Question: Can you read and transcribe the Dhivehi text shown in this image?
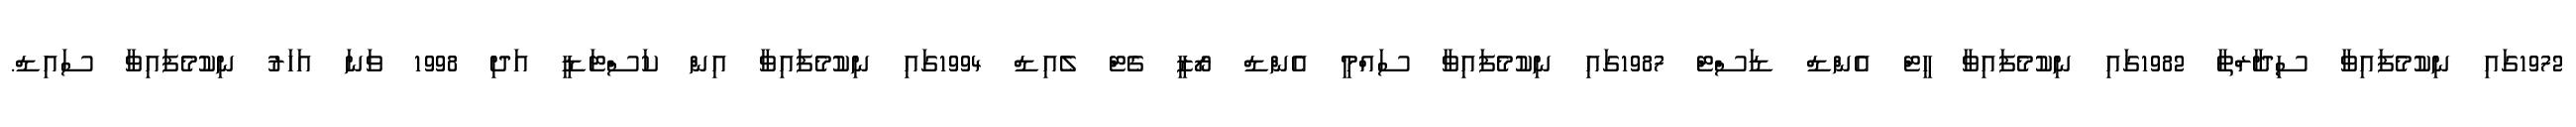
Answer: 1972ގައި ނިކުމެފައިވާ ސިދާރްތާ 1982ގައި ނިކުމެފައިވާ ހީޓް އެންޑް ޑަސްޓް 1987ގައި ނިކުމެފައިވާ ސައްމީ އެންޑް ރޯޒީ ގެޓް ލެއިޑް 1994ގައި ނިކުމެފައިވާ އިން ކަސްޓަޑީ އަދި 1998 ވަނަ އަހަރު ނިކުމެފައިވާ ސައިޑް.